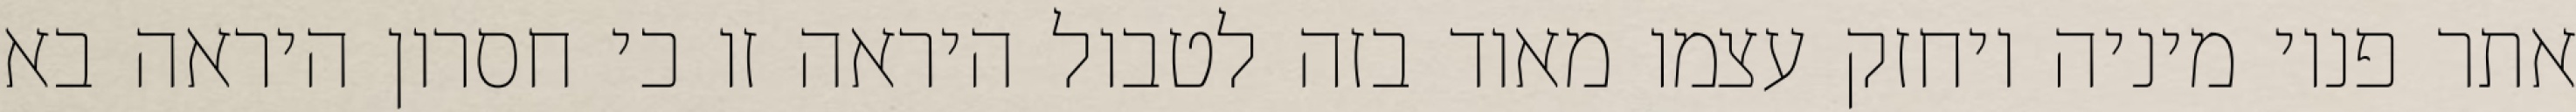
אתר פנוי מיניה ויחזק עצמו מאוד בזה לטבול היראה זו כי חסרון היראה בא